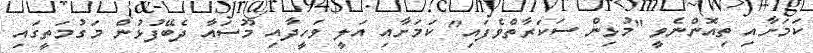
ކަމަށާއި ތިއޮންނެވީ "މުޅިން ސަކަރާތްވެފައި" ކަމަށާއި އަލީ ވަހީދާއި މޫސައާ ދެބޭފުޅުން މަގުމަތީގައި